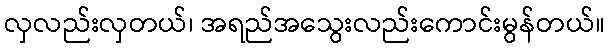
လှလည်းလှတယ်၊ အရည်အသွေးလည်းကောင်းမွန်တယ်။